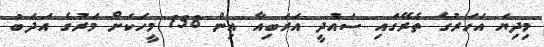
މިދިޔަ އަހަރުގެ ތެރޭގައި ސައުދީ އަރަބިއާ އިން 158 މީހަކަށް މަރުގެ އަދަބު